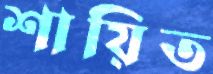
শায়িত